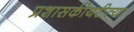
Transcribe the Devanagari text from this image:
प्रशासकीयरीत्या